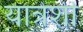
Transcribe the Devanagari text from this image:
यात्रेशी